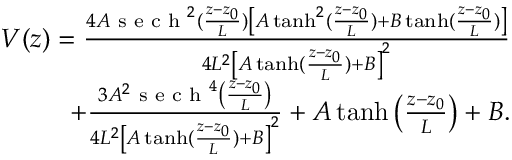
\begin{array} { r } { V ( z ) = \frac { 4 A \textrm { s e c h } ^ { 2 } ( \frac { z - z _ { 0 } } { L } ) \left[ A \operatorname { t a n h } ^ { 2 } ( \frac { z - z _ { 0 } } { L } ) + B \operatorname { t a n h } ( \frac { z - z _ { 0 } } { L } ) \right] } { 4 L ^ { 2 } \left[ A \operatorname { t a n h } ( \frac { z - z _ { 0 } } { L } ) + B \right] ^ { 2 } } } \\ { + \frac { 3 A ^ { 2 } \textrm { s e c h } ^ { 4 } \left( \frac { z - z _ { 0 } } { L } \right) } { 4 L ^ { 2 } \left[ A \operatorname { t a n h } ( \frac { z - z _ { 0 } } { L } ) + B \right] ^ { 2 } } + A \operatorname { t a n h } \left( \frac { z - z _ { 0 } } { L } \right) + B . } \end{array}